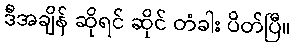
ဒီအချိန် ဆိုရင် ဆိုင် တံခါး ပိတ်ပြီ။